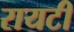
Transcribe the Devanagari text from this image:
रायटी